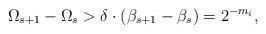
LaTeX: \begin{align*}\Omega_{s+1} -\Omega_s > \delta\cdot (\beta_{s+1} - \beta_s) = 2^{-m_i},\end{align*}